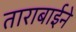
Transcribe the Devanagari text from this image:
ताराबाईने